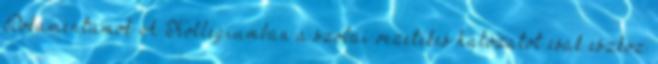
Dokumentumok A Kollégiumban a szobai vezetékes hálózatot csak eszköz